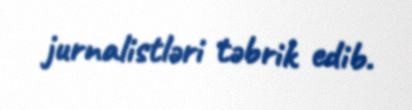
jurnalistləri təbrik edib.